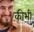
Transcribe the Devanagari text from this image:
कीभी